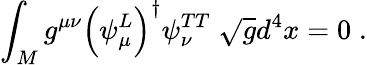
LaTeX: \int_{M}g^{\mu\nu}\Bigr(\psi_{\mu}^{L}\Bigr)^{\dagger}\psi_{\nu}^{TT}\; \sqrt{g}d^{4}x=0\; .